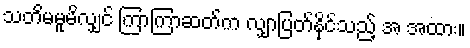
သတိမမူမိလျှင် ကြာကြာဆတ်က လျှာပြတ်နိုင်သည့် အ အထား။